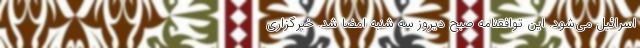
اسرائیل می‌شود. این توافقنامه صبح دیروز سه شنبه امضا شد. خبرگزاری